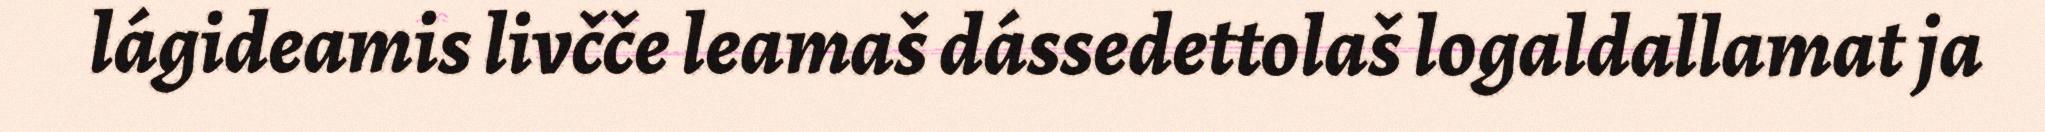
lágideamis livčče leamaš dássedettolaš logaldallamat ja